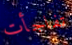
تفاجأت